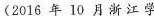
(2016年1O月浙江学